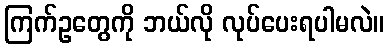
ကြက်ဥတွေကို ဘယ်လို လုပ်ပေးရပါမလဲ။